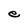
Character: e